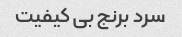
سرد برنج بی کیفیت